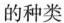
的种类